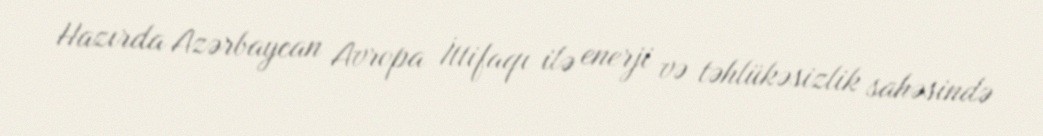
Hazırda Azərbaycan Avropa İttifaqı ilə enerji və təhlükəsizlik sahəsində